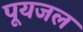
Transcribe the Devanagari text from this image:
पूयजल